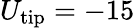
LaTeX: U_{\mathrm{tip}}=-15